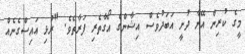
މީގެ ކުރިން އޭނާ ދުށީ އަބަދުވެސް އިޝާންގެ އޯގާތެރި ފަރާތެވެ. "ރުޅި އައިސްގެނެއް